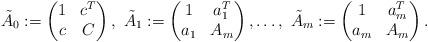
LaTeX: \begin{align*} \tilde A_0 := \begin{pmatrix} 1 & c^T \\ c & C \end{pmatrix}, \ \tilde A_1 := \begin{pmatrix} 1 & a_1^T \\ a_1 & A_m \end{pmatrix}, \ldots, \ \tilde A_m := \begin{pmatrix} 1 & a_m^T \\ a_m & A_m \end{pmatrix}.\end{align*}